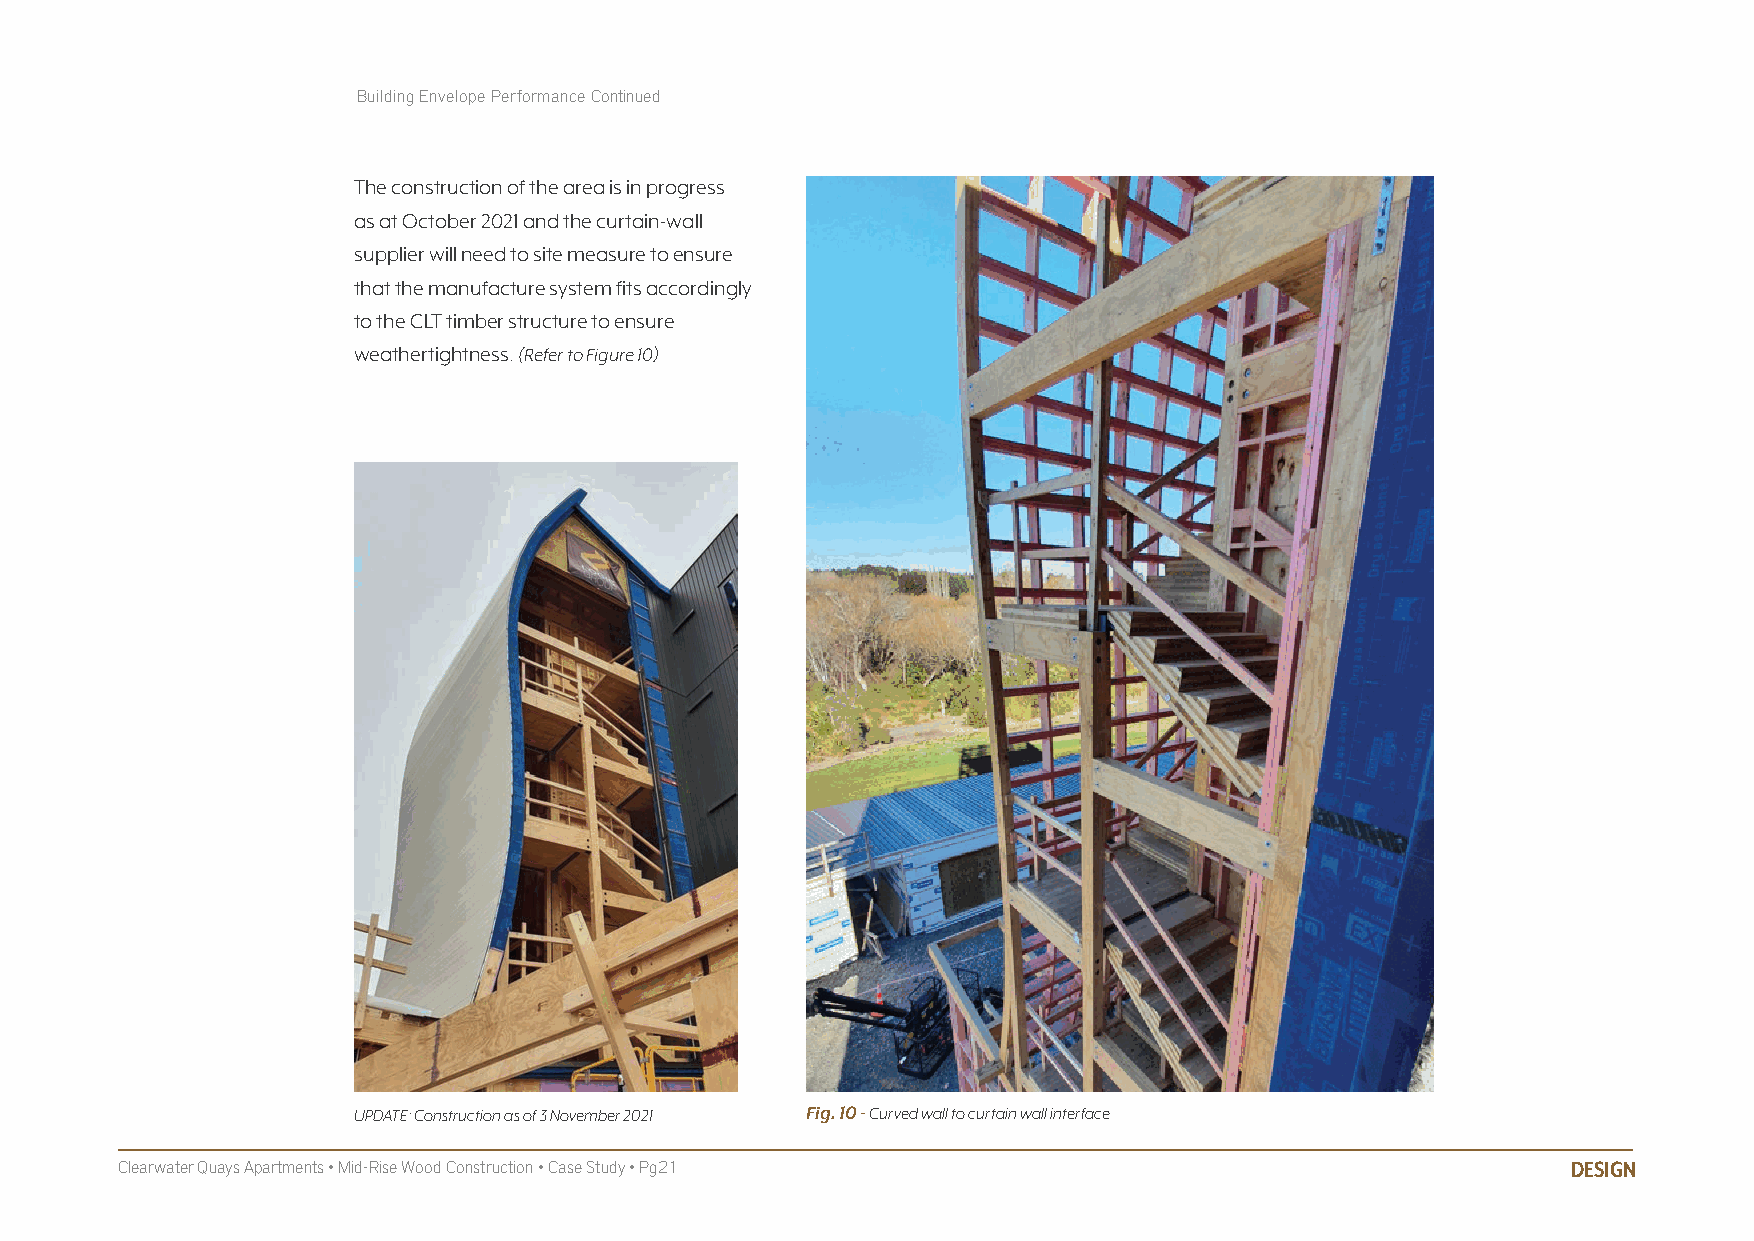
Building Envelope Performance Continued
 The construction of the area is in progress
 as at October 2021 and the curtain-wall
 supplier will need to site measure to ensure
 that the manufacture system fits accordingly
 to the CLT timber structure to ensure
 weathertightness. (Refer to Figure 10)
 UPDATE: Construction as of 3 November 2021 Fig. 10 - Curved wall to curtain wall interface
 Clearwater Quays Apartments • Mid-Rise Wood Construction • Case Study • Pg21                    DESIGN